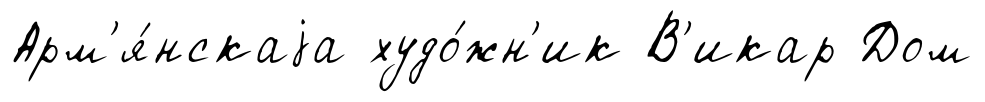
Арм'я́нскаjа худо́жн'ик В'икар Дом